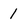
Character: 1